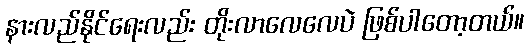
နားလည်နိုင်ရေးလည်း တိုးလာလေလေပဲ ဖြစ်ပါတော့တယ်။